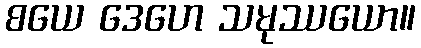
စယေ ဒေဟေ သမုဿယော။